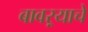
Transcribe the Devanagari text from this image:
बावऱ्याचे